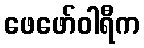
ဖေဖော်ဝါရီက